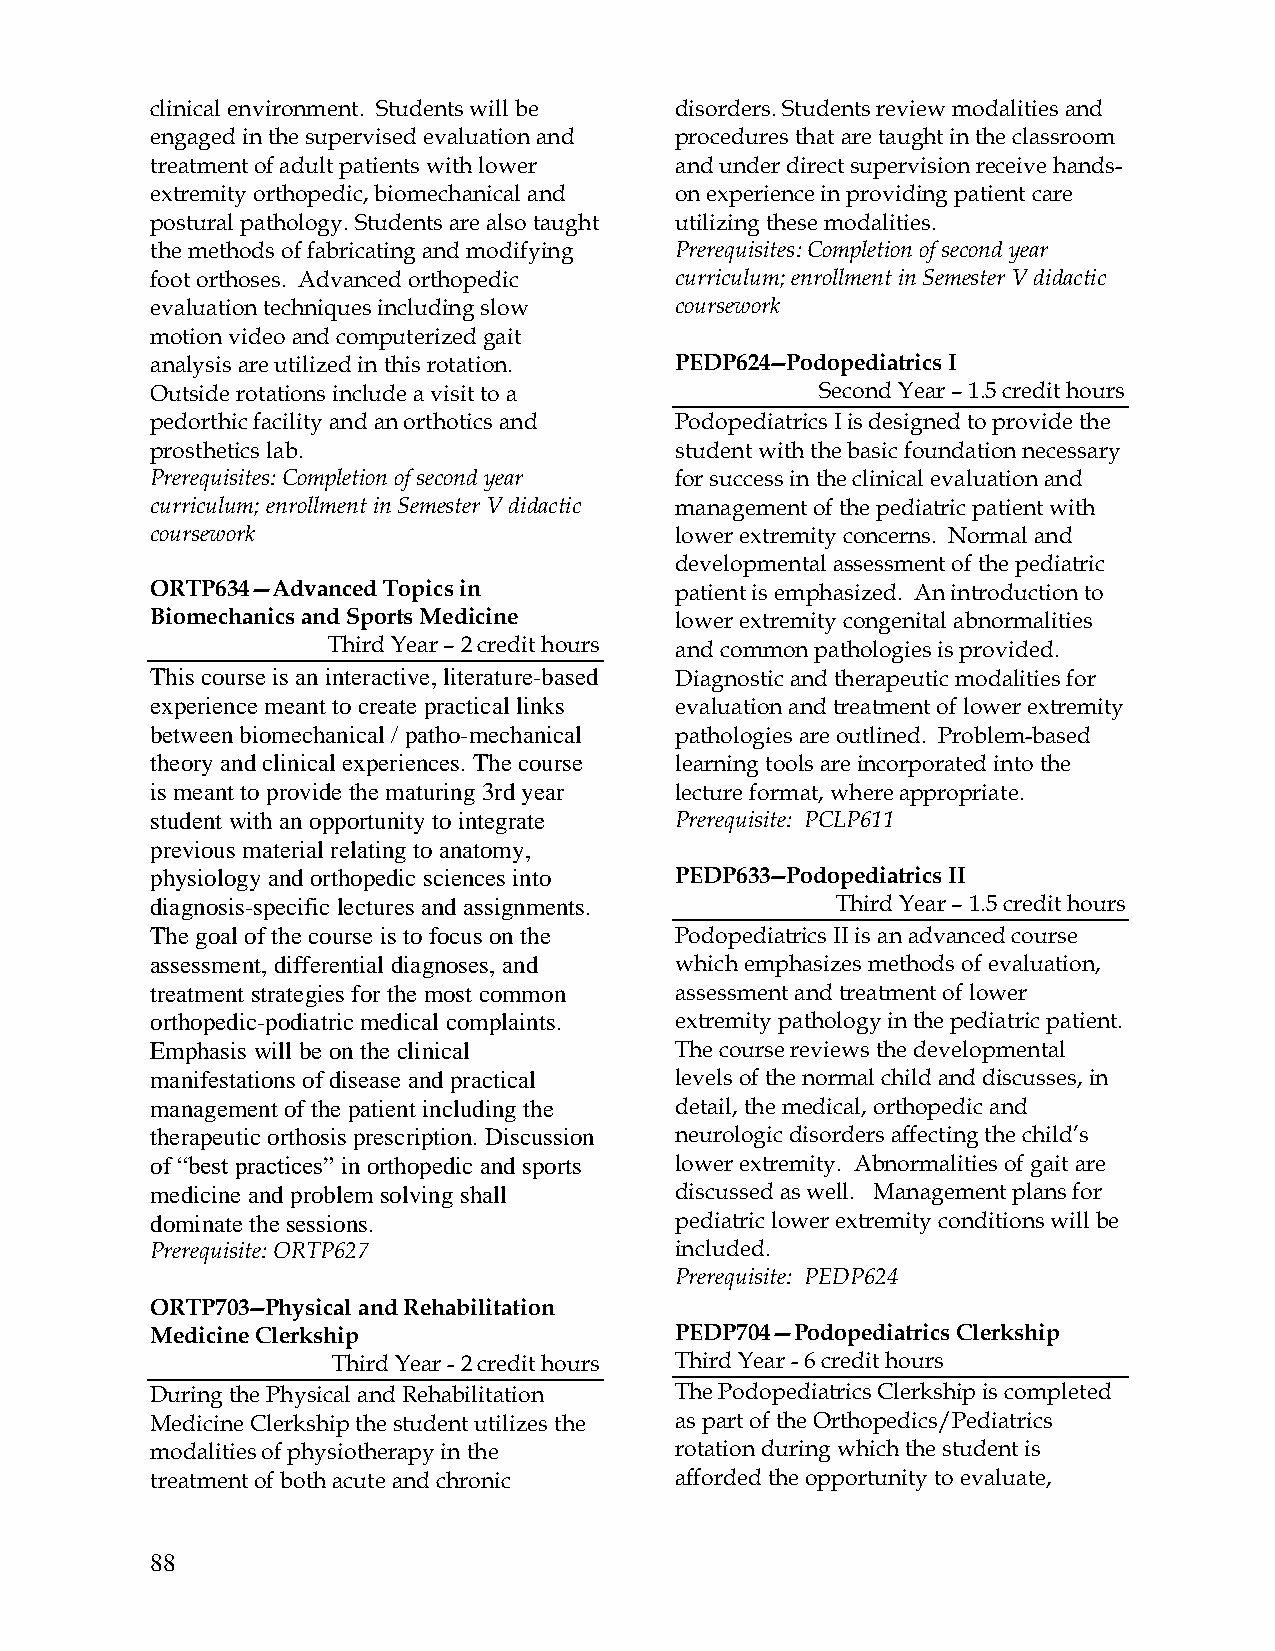
clinical environment. Students will be disorders. Students review modalities and
 engaged in the supervised evaluation and procedures that are taught in the classroom
 treatment of adult patients with lower and under direct supervision receive hands-
 extremity orthopedic, biomechanical and on experience in providing patient care
 postural pathology. Students are also taught utilizing these modalities.
 the methods of fabricating and modifying Prerequisites: Completion of second year
 foot orthoses. Advanced orthopedic curriculum; enrollment in Semester V didactic
 evaluation techniques including slow coursework
 motion video and computerized gait
 analysis are utilized in this rotation. PEDP624--Podopediatrics I
 Outside rotations include a visit to a      Second Year – 1.5 credit hours
 pedorthic facility and an orthotics and Podopediatrics I is designed to provide the
 prosthetics lab.                   student with the basic foundation necessary
 Prerequisites: Completion of second year for success in the clinical evaluation and
 curriculum; enrollment in Semester V didactic management of the pediatric patient with
 coursework                         lower extremity concerns. Normal and
 developmental assessment of the pediatric
 ORTP634—Advanced Topics in         patient is emphasized. An introduction to
 Biomechanics and Sports Medicine   lower extremity congenital abnormalities
 Third Year – 2 credit hours and common pathologies is provided.
 This course is an interactive, literature-based Diagnostic and therapeutic modalities for
 experience meant to create practical links evaluation and treatment of lower extremity
 between biomechanical / patho-mechanical pathologies are outlined. Problem-based
 theory and clinical experiences. The course learning tools are incorporated into the
 is meant to provide the maturing 3rd year lecture format, where appropriate.
 student with an opportunity to integrate Prerequisite: PCLP611
 previous material relating to anatomy,
 physiology and orthopedic sciences into PEDP633--Podopediatrics II
 diagnosis-specific lectures and assignments. Third Year – 1.5 credit hours
 The goal of the course is to focus on the Podopediatrics II is an advanced course
 assessment, differential diagnoses, and which emphasizes methods of evaluation,
 treatment strategies for the most common assessment and treatment of lower
 orthopedic-podiatric medical complaints. extremity pathology in the pediatric patient.
 Emphasis will be on the clinical   The course reviews the developmental
 manifestations of disease and practical levels of the normal child and discusses, in
 management of the patient including the detail, the medical, orthopedic and
 therapeutic orthosis prescription. Discussion neurologic disorders affecting the child’s
 of “best practices” in orthopedic and sports lower extremity. Abnormalities of gait are
 medicine and problem solving shall discussed as well. Management plans for
 dominate the sessions.             pediatric lower extremity conditions will be
 Prerequisite: ORTP627              included.
 Prerequisite: PEDP624
 ORTP703--Physical and Rehabilitation
 Medicine Clerkship                 PEDP704—Podopediatrics Clerkship
 Third Year - 2 credit hours Third Year - 6 credit hours
 During the Physical and Rehabilitation The Podopediatrics Clerkship is completed
 Medicine Clerkship the student utilizes the as part of the Orthopedics/Pediatrics
 modalities of physiotherapy in the rotation during which the student is
 treatment of both acute and chronic afforded the opportunity to evaluate,
 88